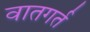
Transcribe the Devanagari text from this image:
वातगर्त